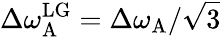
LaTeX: \Delta\omega_{\mathrm{A}}^{\mathrm{LG}}=\Delta\omega_{\mathrm{A}}/\sqrt{3}